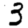
Digit: 3